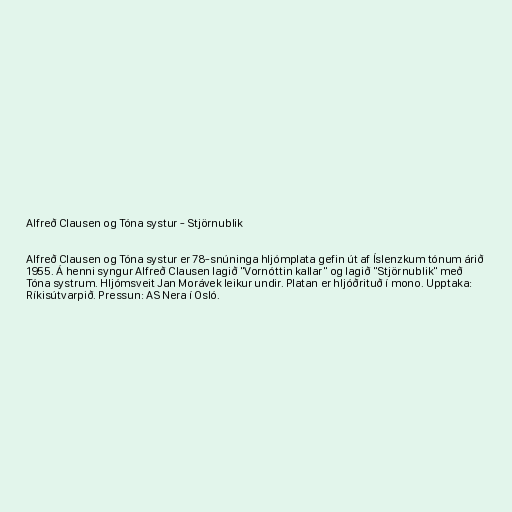
Alfreð Clausen og Tóna systur - Stjörnublik

Alfreð Clausen og Tóna systur er 78-snúninga hljómplata gefin út af Íslenzkum tónum árið
1955. Á henni syngur Alfreð Clausen lagið "Vornóttin kallar" og lagið "Stjörnublik" með
Tóna systrum. Hljómsveit Jan Morávek leikur undir. Platan er hljóðrituð í mono. Upptaka:
Ríkisútvarpið. Pressun: AS Nera í Osló.